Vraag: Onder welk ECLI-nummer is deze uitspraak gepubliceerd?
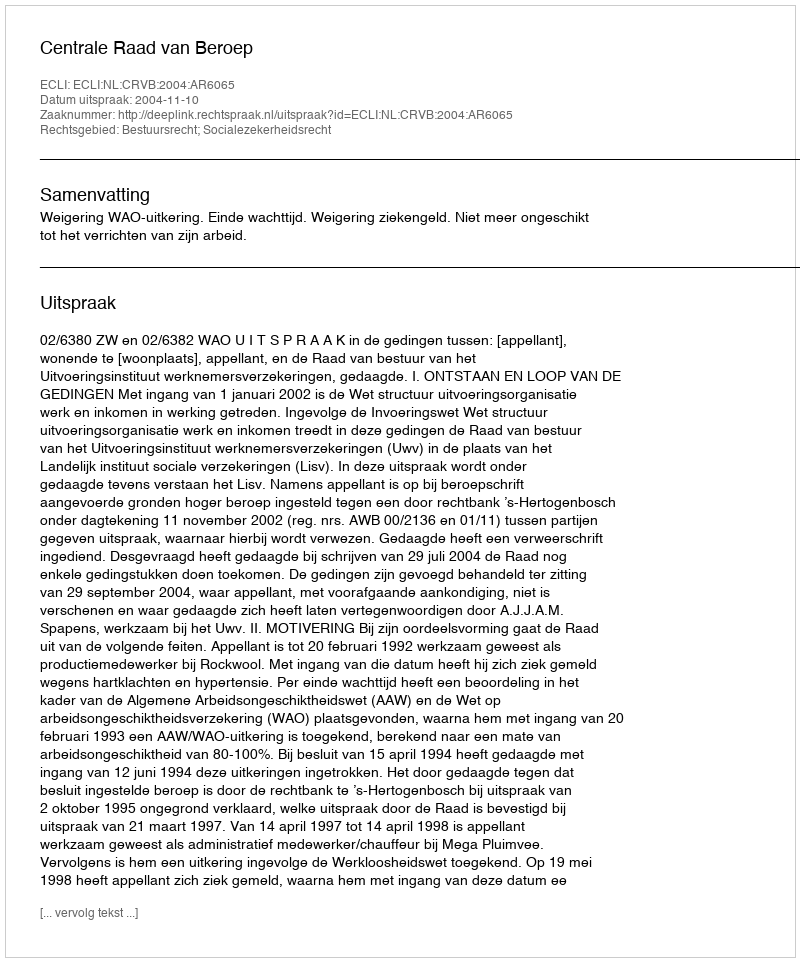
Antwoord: ECLI:NL:CRVB:2004:AR6065